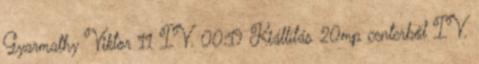
Gyarmathy Viktor 11 IV. 00:19 Kiállítás 20mp centerből IV.